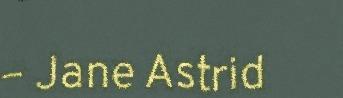
– Jane Astrid